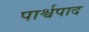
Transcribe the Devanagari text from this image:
पार्श्वपाद